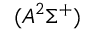
( A ^ { 2 } \Sigma ^ { + } )